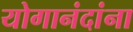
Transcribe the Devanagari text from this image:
योगानंदांना